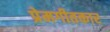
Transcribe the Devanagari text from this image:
प्रेमगीतकार